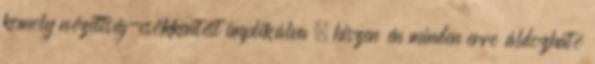
komoly nézettség-csökkentést implikálva , hiszen én minden erre áldozható